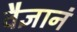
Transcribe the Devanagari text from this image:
वैज्ञानं